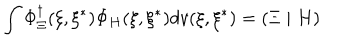
\int \Phi _ { \Xi } ^ { \dagger } ( \xi , \xi ^ { * } ) \Phi _ { H } ( \xi , \xi ^ { * } ) d v ( \xi , \xi ^ { * } ) = \left( \Xi \mid H \right)